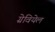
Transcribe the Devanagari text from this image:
ग्रेवियेल